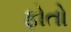
ફોતો